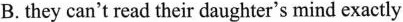
B.they can't read their daughter's mind exactly